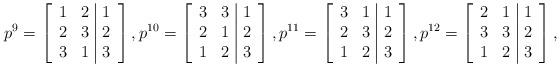
LaTeX: \begin{align*}p^{9}=\left[\begin{array}{cc|c} 1 & 2 & 1 \\ 2 & 3 & 2 \\ 3 & 1 & 3 \\\end{array}\right],p^{10}=\left[\begin{array}{cc|c} 3 & 3 & 1 \\ 2 & 1 & 2 \\ 1 & 2 & 3 \\\end{array}\right],p^{11}=\left[\begin{array}{cc|c} 3& 1 & 1 \\ 2 & 3& 2 \\ 1& 2 & 3 \\\end{array}\right],p^{12}=\left[\begin{array}{cc|c} 2 & 1 & 1 \\ 3& 3 & 2 \\ 1 & 2 & 3 \\\end{array}\right],\end{align*}